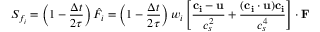
S _ { f _ { i } } = \left( 1 - \frac { \Delta t } { 2 \tau } \right) \hat { F _ { i } } = \left( 1 - \frac { \Delta t } { 2 \tau } \right) w _ { i } \left[ \frac { \mathbf { c _ { i } } - \mathbf { u } } { c _ { s } ^ { 2 } } + \frac { ( \mathbf { c _ { i } } \cdot \mathbf { u } ) \mathbf { c _ { i } } } { c _ { s } ^ { 4 } } \right] \cdot \mathbf { F }